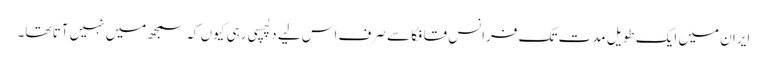
ایران میں ایک طویل مدت تک فرانس قافکا سے صرف اس لیے دلچسپی رہی کیوں کہ سمجھ میں نہیں آتا تھا۔